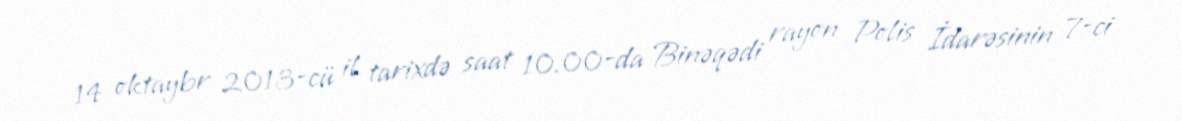
14 oktaybr 2013-cü il tarixdə saat 10.00-da Binəqədi rayon Polis İdarəsinin 7-ci